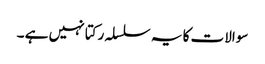
سوالات کا یہ سلسلہ رکتا نہیں ہے ۔